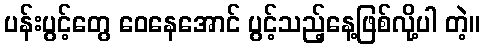
ပန်းပွင့်တွေ ဝေနေအောင် ပွင့်သည့်နေ့ဖြစ်လို့ပါ တဲ့။